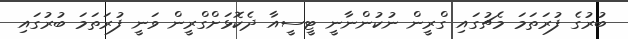
ބުރުގެ ފުރަތަމަ މެޗުގައި ގްރީން ނުކުންނާނީ ޓީސީއާ ދެކޮޅަށްގްރީން ވަނީ ފުރަތަމަ ބުރުގައި